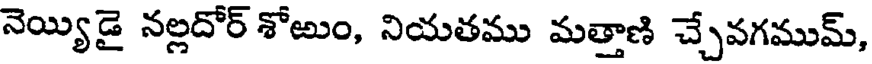
నెయ్యిడై నల్లదోర్ శోఱుం, నియతము మత్తాణి చ్చేవగముమ్,